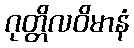
ဂုတ္တိလဝိမာနံ